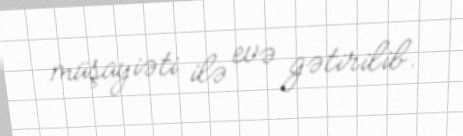
müşayiəti ilə evə gətirilib.